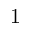
1